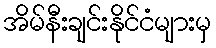
အိမ်နီးချင်းနိုင်ငံများမှ